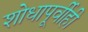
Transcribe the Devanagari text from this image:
शोधापूर्वीही